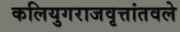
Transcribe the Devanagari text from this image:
कलियुगराजवृत्तांतवले